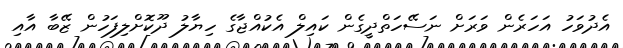
އެދުވަހު އަހަރެން ވަރަށް ނަސޭހަތްދީގެން ކައިލް އެކުއްޖާގެ ހިޔާލު ދޫކޮށްލިފަހުން ޒޭބާ އާއި